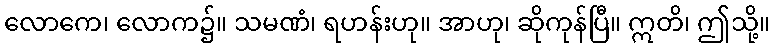
လောကေ၊ လောက၌။ သမဏံ၊ ရဟန်းဟု။ အာဟု၊ ဆိုကုန်ပြီ။ ဣတိ၊ ဤသို့။